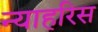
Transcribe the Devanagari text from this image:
न्याहरिस